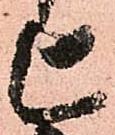
上